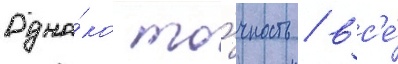
Одна́ко то́чность / вс'е́